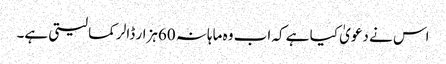
اس نے دعویٰ کیا ہے کہ اب وہ ماہانہ 60ہزار ڈالر کما لیتی ہے۔